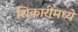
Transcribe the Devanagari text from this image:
शिकारींमध्ये